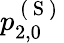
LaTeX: p_{2,0}^{\mathrm{~(~S~)~}}